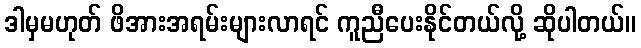
ဒါမှမဟုတ် ဖိအားအရမ်းများလာရင် ကူညီပေးနိုင်တယ်လို့ ဆိုပါတယ်။